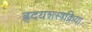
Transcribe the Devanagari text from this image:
ह्रदयशस्त्रक्रिया